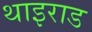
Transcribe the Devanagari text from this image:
थाइराड